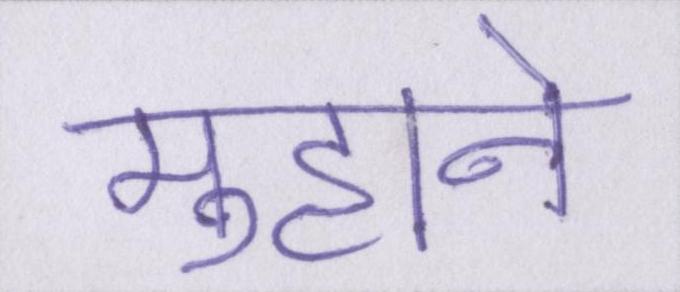
मुँहाने